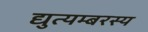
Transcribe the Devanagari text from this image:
द्युत्यम्बरस्य